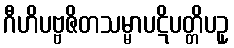
ဂီဟိပဗ္ဗဇိတသမ္မာပဋိပတ္တိပဥှ